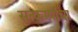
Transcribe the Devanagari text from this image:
सत्कर्म्याचा